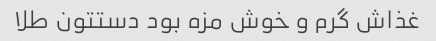
غذاش گرم و خوش مزه بود دستتون طلا